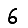
Digit: 6